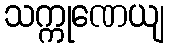
သက္ကုဏေယျ